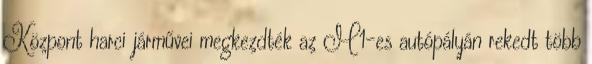
Központ harci járművei megkezdték az M1-es autópályán rekedt több